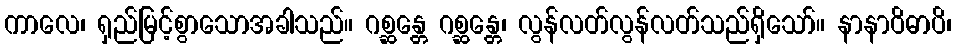
ကာလေ၊ ရှည်မြင့်စွာသောအခါသည်။ ဂစ္ဆန္တေ ဂစ္ဆန္တေ၊ လွန်လတ်လွန်လတ်သည်ရှိသော်။ နာနာဝိဓာပိ၊